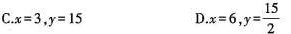
C.$$x = 3$$，$$y = 1 5 $$ D.$$x = 6$$， $$,y = \frac { 1 5 } { 2 }$$$$